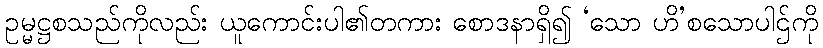
ဥမ္မဋ္ဌစသည်ကိုလည်း ယူကောင်းပါ၏တကား စောဒနာရှိ၍ ‘သော ဟိ’စသောပါဌ်ကို